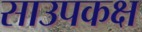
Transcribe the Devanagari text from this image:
साउपकक्ष